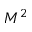
M ^ { 2 }